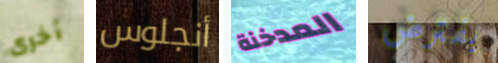
أخرى أنجلوس المدخنة يفترض